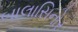
બાલાસિનોર